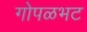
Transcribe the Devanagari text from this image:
गोपळभट